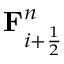
\mathbf { F } _ { i + \frac { 1 } { 2 } } ^ { n }